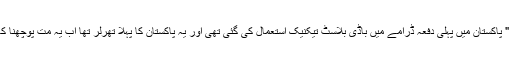
انہوں نے لکھا تھا کہ " پاکستان میں پہلی دفعہ ڈرامے میں باڈی بلاسٹ تیکنیک استعمال کی گئی تھی اور یہ پاکستان کا پہلا تھرلر تھا اب یہ مت پوچھنا کہ تھرلر کیا ہوتا ہے"۔